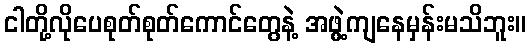
ငါတို့လိုပေစုတ်စုတ်ကောင်တွေနဲ့ အဖွဲ့ကျနေမှန်းမသိဘူး။